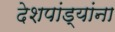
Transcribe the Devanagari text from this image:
देशपांड्यांना